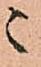
ニ